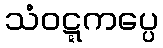
သံဝဋ္ဋကပ္ပေ